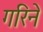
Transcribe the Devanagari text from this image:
गरिने